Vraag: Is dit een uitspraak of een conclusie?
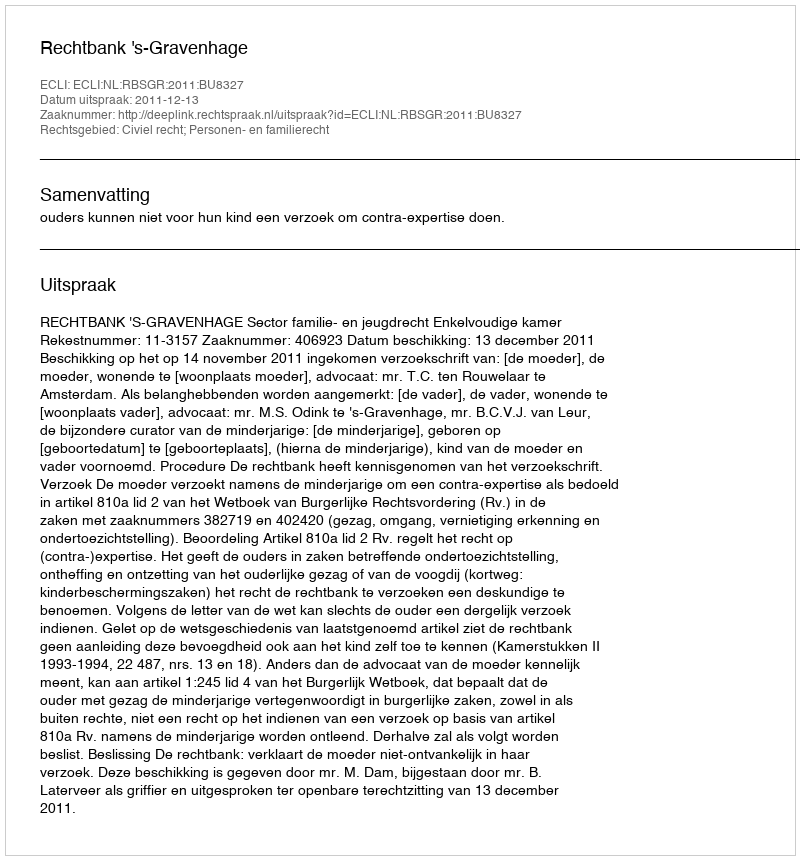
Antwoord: Uitspraak